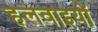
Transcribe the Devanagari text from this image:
हलवाइयों